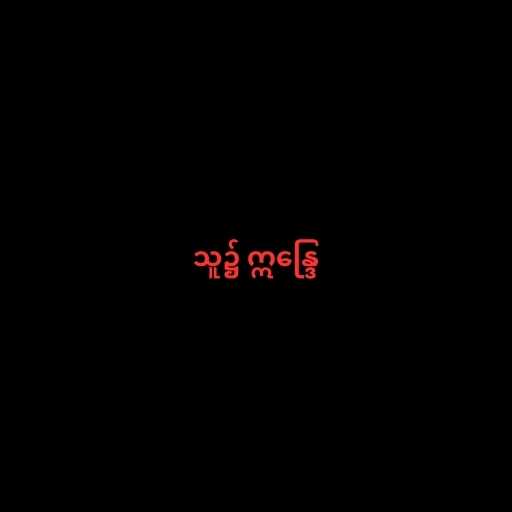
သူ၌ ဣန္ဒြေ